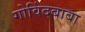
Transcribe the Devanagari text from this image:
गोविंदबाबा